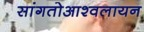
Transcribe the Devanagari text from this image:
सांगतोआश्वलायन